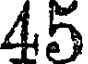
45